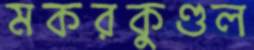
মকরকুণ্ডল